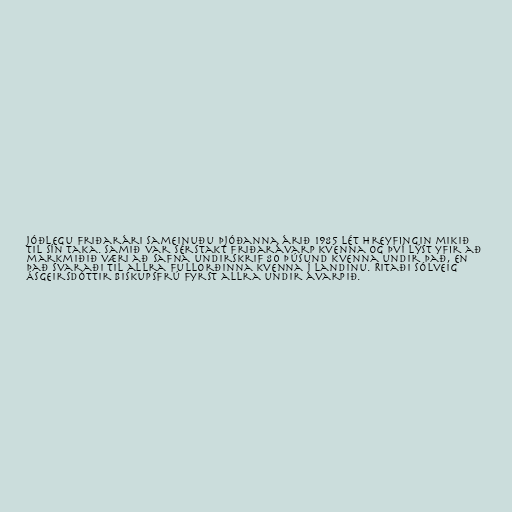
jóðlegu friðarári Sameinuðu þjóðanna árið 1985 lét hreyfingin mikið
til sín taka. Samið var sérstakt friðarávarp kvenna og því lýst yfir að
markmiðið væri að safna undirskrif 80 þúsund kvenna undir það, en
það svaraði til allra fullorðinna kvenna í landinu. Ritaði Sólveig
Ásgeirsdóttir biskupsfrú fyrst allra undir ávarpið.